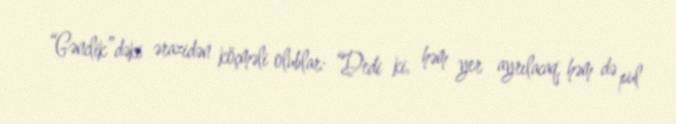
“Gənclik”dəki ərazidən köçməli olublar: “Dedi ki, həm yer ayrılacaq, həm də pul